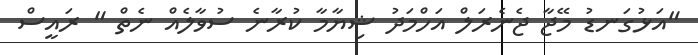
"އަޅުގަނޑު މޭޖާ ޖެނެރަލް އަހްމަދު ޝިޔާމާ ކުރާނެ ސުވާލެއް ނެތް " ރައީސް